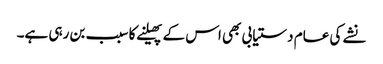
نشے کی عام دستیابی بھی اس کے پھیلنے کا سبب بن رہی ہے۔